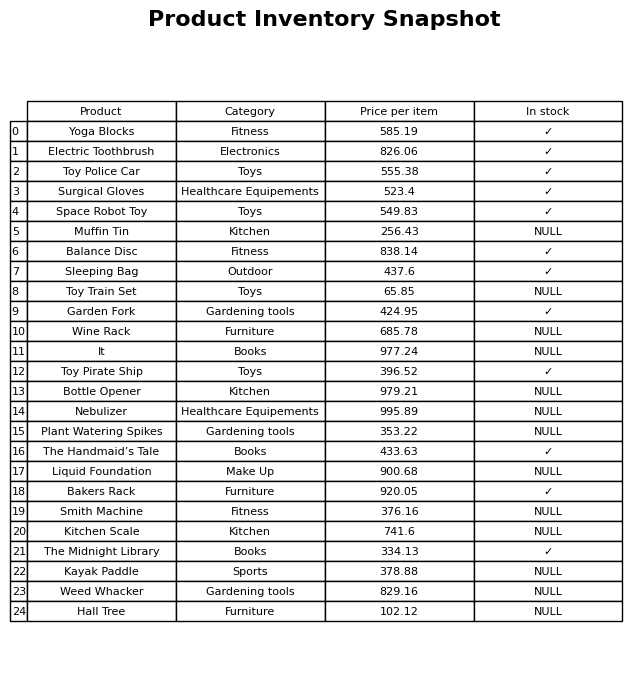
question: What is the price for Bottle Opener?
answer: The price of Bottle Opener is 979.21.